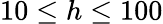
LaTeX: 10\leq h\leq 100